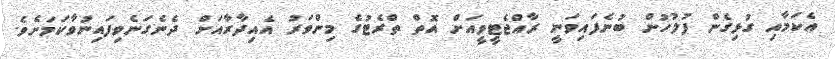
އެކަމާއި ގުޅިގެން ފުލުހުން ބުނެފައިވަނީ ރާއްޖެޓީވީއަށް އޮތް ތްރެޓުގެ މިންވަރު އެއިދާރާއަށް ދެނެގަނެވިފައިނުވާކަމަށެވެ.